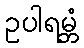
ဥပါရမ္ဘံ